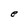
Character: e